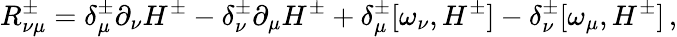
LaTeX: R_{\nu\mu}^{\pm}=\delta_{\mu}^{\pm}\partial_{\nu}H^{\pm}-\delta_{\nu}^{\pm}\partial_{\mu}H^{\pm}+\delta_{\mu}^{\pm}[\omega_{\nu},H^{\pm}]-\delta_{\nu}^{\pm}[\omega_{\mu},H^{\pm}]\, ,